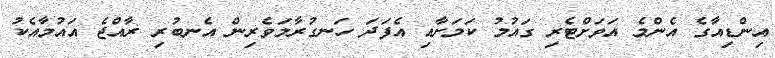
އިންޑިއާގެ އެންމެ އަވަށްޓެރި ގައުމު ކަމަށާއި އެފަދަ ހަނގުރާމަވެރިން އެނބުރި ރާއްޖެ އައުމާއެކު